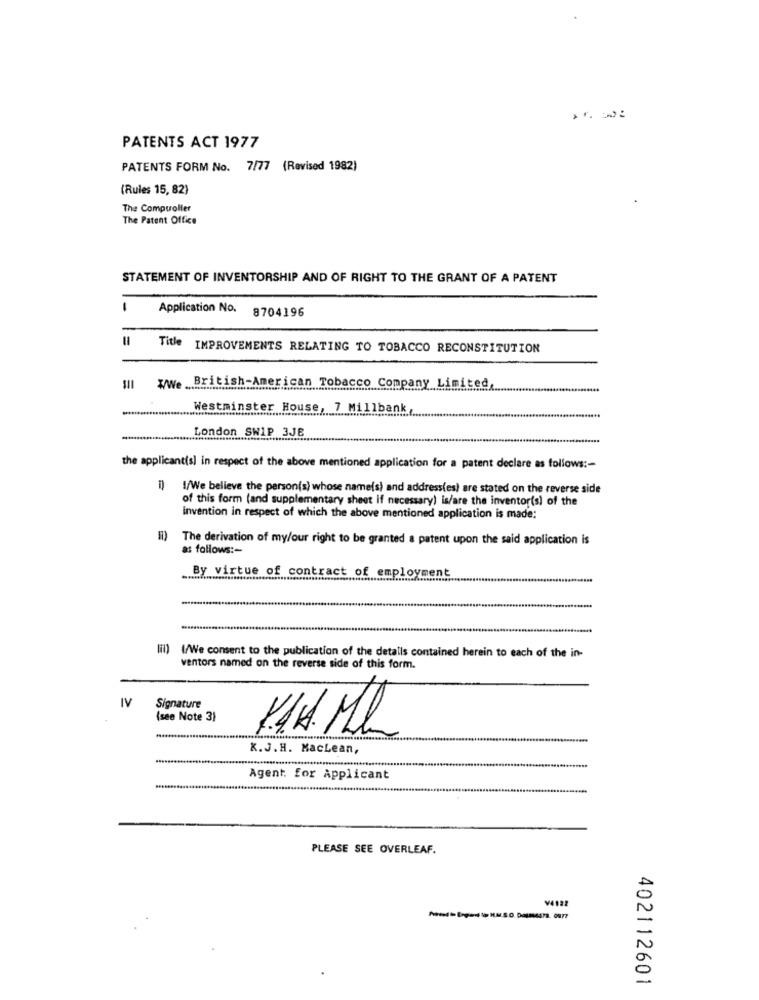
PATENTS ACT 1977
PATENTS FORM No. 7/77 (Revised 1982)
(Rules 15, 82)
The Compuroller
The Patent Office
STATEMENT OF INVENTORSHIP AND OF RIGHT TO THE GRANT OF A PATENT
Application No.
8704196
=
Title IMPROVEMENTS RELATING TO TOBACCO RECONSTITUTION
III wwe British-American Tobacco Company Limited
Westminster House, 7 Millbank
London SW1P 3JE
the applicant(s) in respect of the above mentioned application for a patent declare as follows :-
1/We believe the person(s) whose name(s) and address(es) are stated on the reverse side
of this form (and supplementary sheet if necessary) is/are the inventor(s) of the
invention in respect of which the above mentioned application is made:
Il) The derivation of my/our right to be granted a patent upon the said application is
as follows :-
By virtue of contract of employment
lil) {/We consent to the publication of the detalls contained herein to each of the in-
ventors named on the reverse side of this form.
IV
Signature
(see Note 3}
K1. ML
K.J. H. MacLean,
Agent for Applicant
PLEASE SEE OVERLEAF.
V4922
402112601